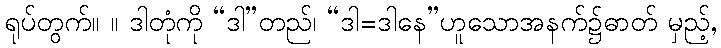
ရုပ်တွက်။ ။ ဒါတုံကို “ဒါ”တည်၊ “ဒါ=ဒါနေ”ဟူသောအနက်၌ဓာတ် မှည့်,